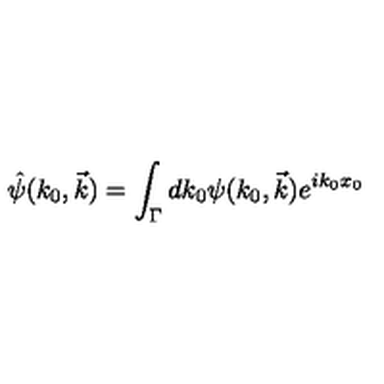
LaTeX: \hat { \psi } ( k _ { 0 } , \vec { k } ) = \int _ { \Gamma } d k _ { 0 } \psi ( k _ { 0 } , \vec { k } ) e ^ { i k _ { 0 } x _ { 0 } }